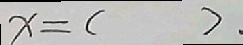
x = ( ) .